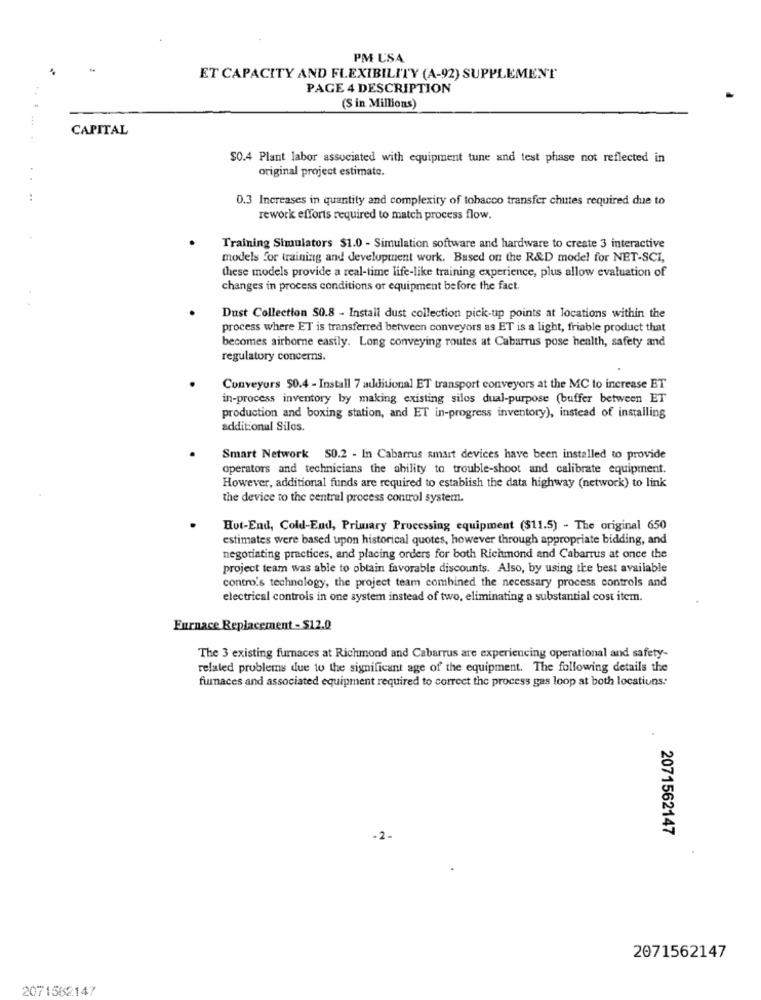
PM USA
ET CAPACITY AND FLEXIBILITY (A-92) SUPPLEMENT
PAGE 4 DESCRIPTION
(S in Millions)
CAPITAL
$0.4 Plant labor associated with equipment tune and test phase not reflected in
original project estimate.
0.3 Increases in quantity and complexity of tobacco transfer chutes required due to
rework efforts required to match process flow.
Training Simulators $1.0 - Simulation software and hardware to create 3 interactive
models for training and development work. Based on the R&D model for NET-SCI,
these models provide a real-time life-like training experience, plus allow evaluation of
changes in process conditions or equipment before the fact.
Dust Collection S0.8 - Install dust collection pick-up points at locations within the
process where ET is transferred between conveyors as ET is a light, friable product that
becomes airborne easily. Long conveying routes at Cabarrus pose health, safety and
regulatory concerns.
Conveyors $0.4 - Install 7 additional ET transport conveyors at the MC to increase ET
in-process inventory by making existing silos dual-purpose (buffer between ET
production and boxing station, and ET in-progress inventory), instead of installing
additional Silos.
Smart Network S0.2 - In Cabarrus smart devices have been installed to provide
operators and technicians the ability to trouble-shoot and calibrate equipment.
However, additional funds are required to establish the data highway (network) to link
the device to the central process control system.
Hut-End, Cold-End, Primary Processing equipment ($11.5) - The original 650
estimates were based upon historical quotes, however through appropriate bidding, and
negotiating practices, and placing orders for both Richmond and Cabarrus at once the
project team was able to obtain favorable discounts. Also, by using the best available
contro's technology, the project team combined the necessary process controls and
electrical controls in one system instead of two, eliminating a substantial cost item.
Furnace Replacement - $12.0
The 3 existing furnaces at Richmond and Cabarrus are experiencing operational and safety-
related problems due to the significant age of the equipment. The following details the
furnaces and associated equipment required to correct the process gas loop at both locations:
2071562147
-2-
2071562147
2071562147